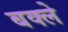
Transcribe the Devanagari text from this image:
बक्ले